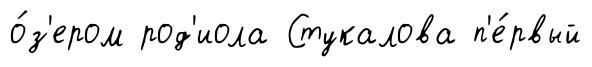
о́з'ером род'иола Стукалова п'е́рвый